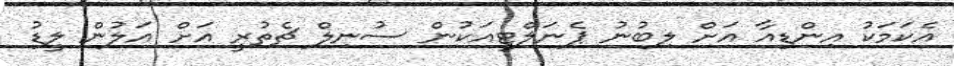
އެކަމަކު އިންޑިއާ އަށް ލިބުނު ޕެނަލްޓީއަކުން ސުނިލް ޗެތުރީ އަށް އަލުން ލީޑު